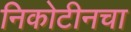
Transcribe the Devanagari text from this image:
निकोटीनचा